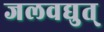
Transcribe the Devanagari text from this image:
जलवद्युत्‌